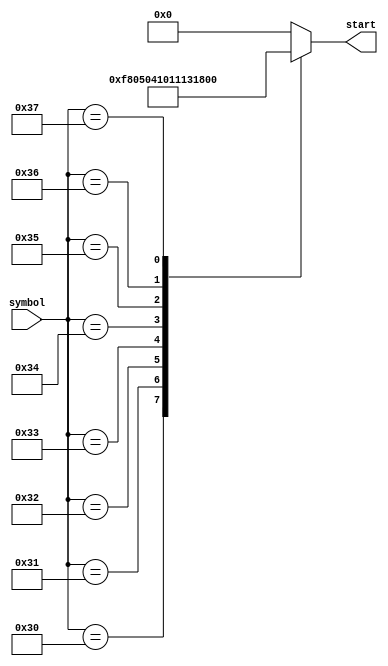
`timescale 1ns / 1ps


module start_rom(
    input [7:0] symbol,
    output [7:0] start
    );

    reg [7:0] start_reg;

    always @ (symbol) begin
        case (symbol)
            8'b00110000 : begin
                start_reg = 8'b11111000;
            end
            8'b00110001 : begin
                start_reg = 8'b00000101;
            end
            8'b00110010 : begin
                start_reg = 8'b00000100;
            end
            8'b00110011 : begin
                start_reg = 8'b00010000;
            end
            8'b00110100 : begin
                start_reg = 8'b00010001;
            end
            8'b00110101 : begin
                start_reg = 8'b00010011;
            end
            8'b00110110 : begin
                start_reg = 8'b00011000;
            end
            8'b00110111 : begin
                start_reg = 8'b00011100;
            end
            default : begin
                start_reg = 8'b00000000;
            end
        endcase
    end

    assign start = start_reg;

endmodule